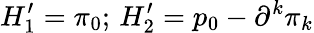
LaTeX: H_{1}^{\prime}=\pi_{0};_{}{}_{}H_{2}^{\prime}=p_{0}-\partial^{k}\pi_{k}